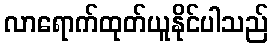
လာရောက်ထုတ်ယူနိုင်ပါသည်